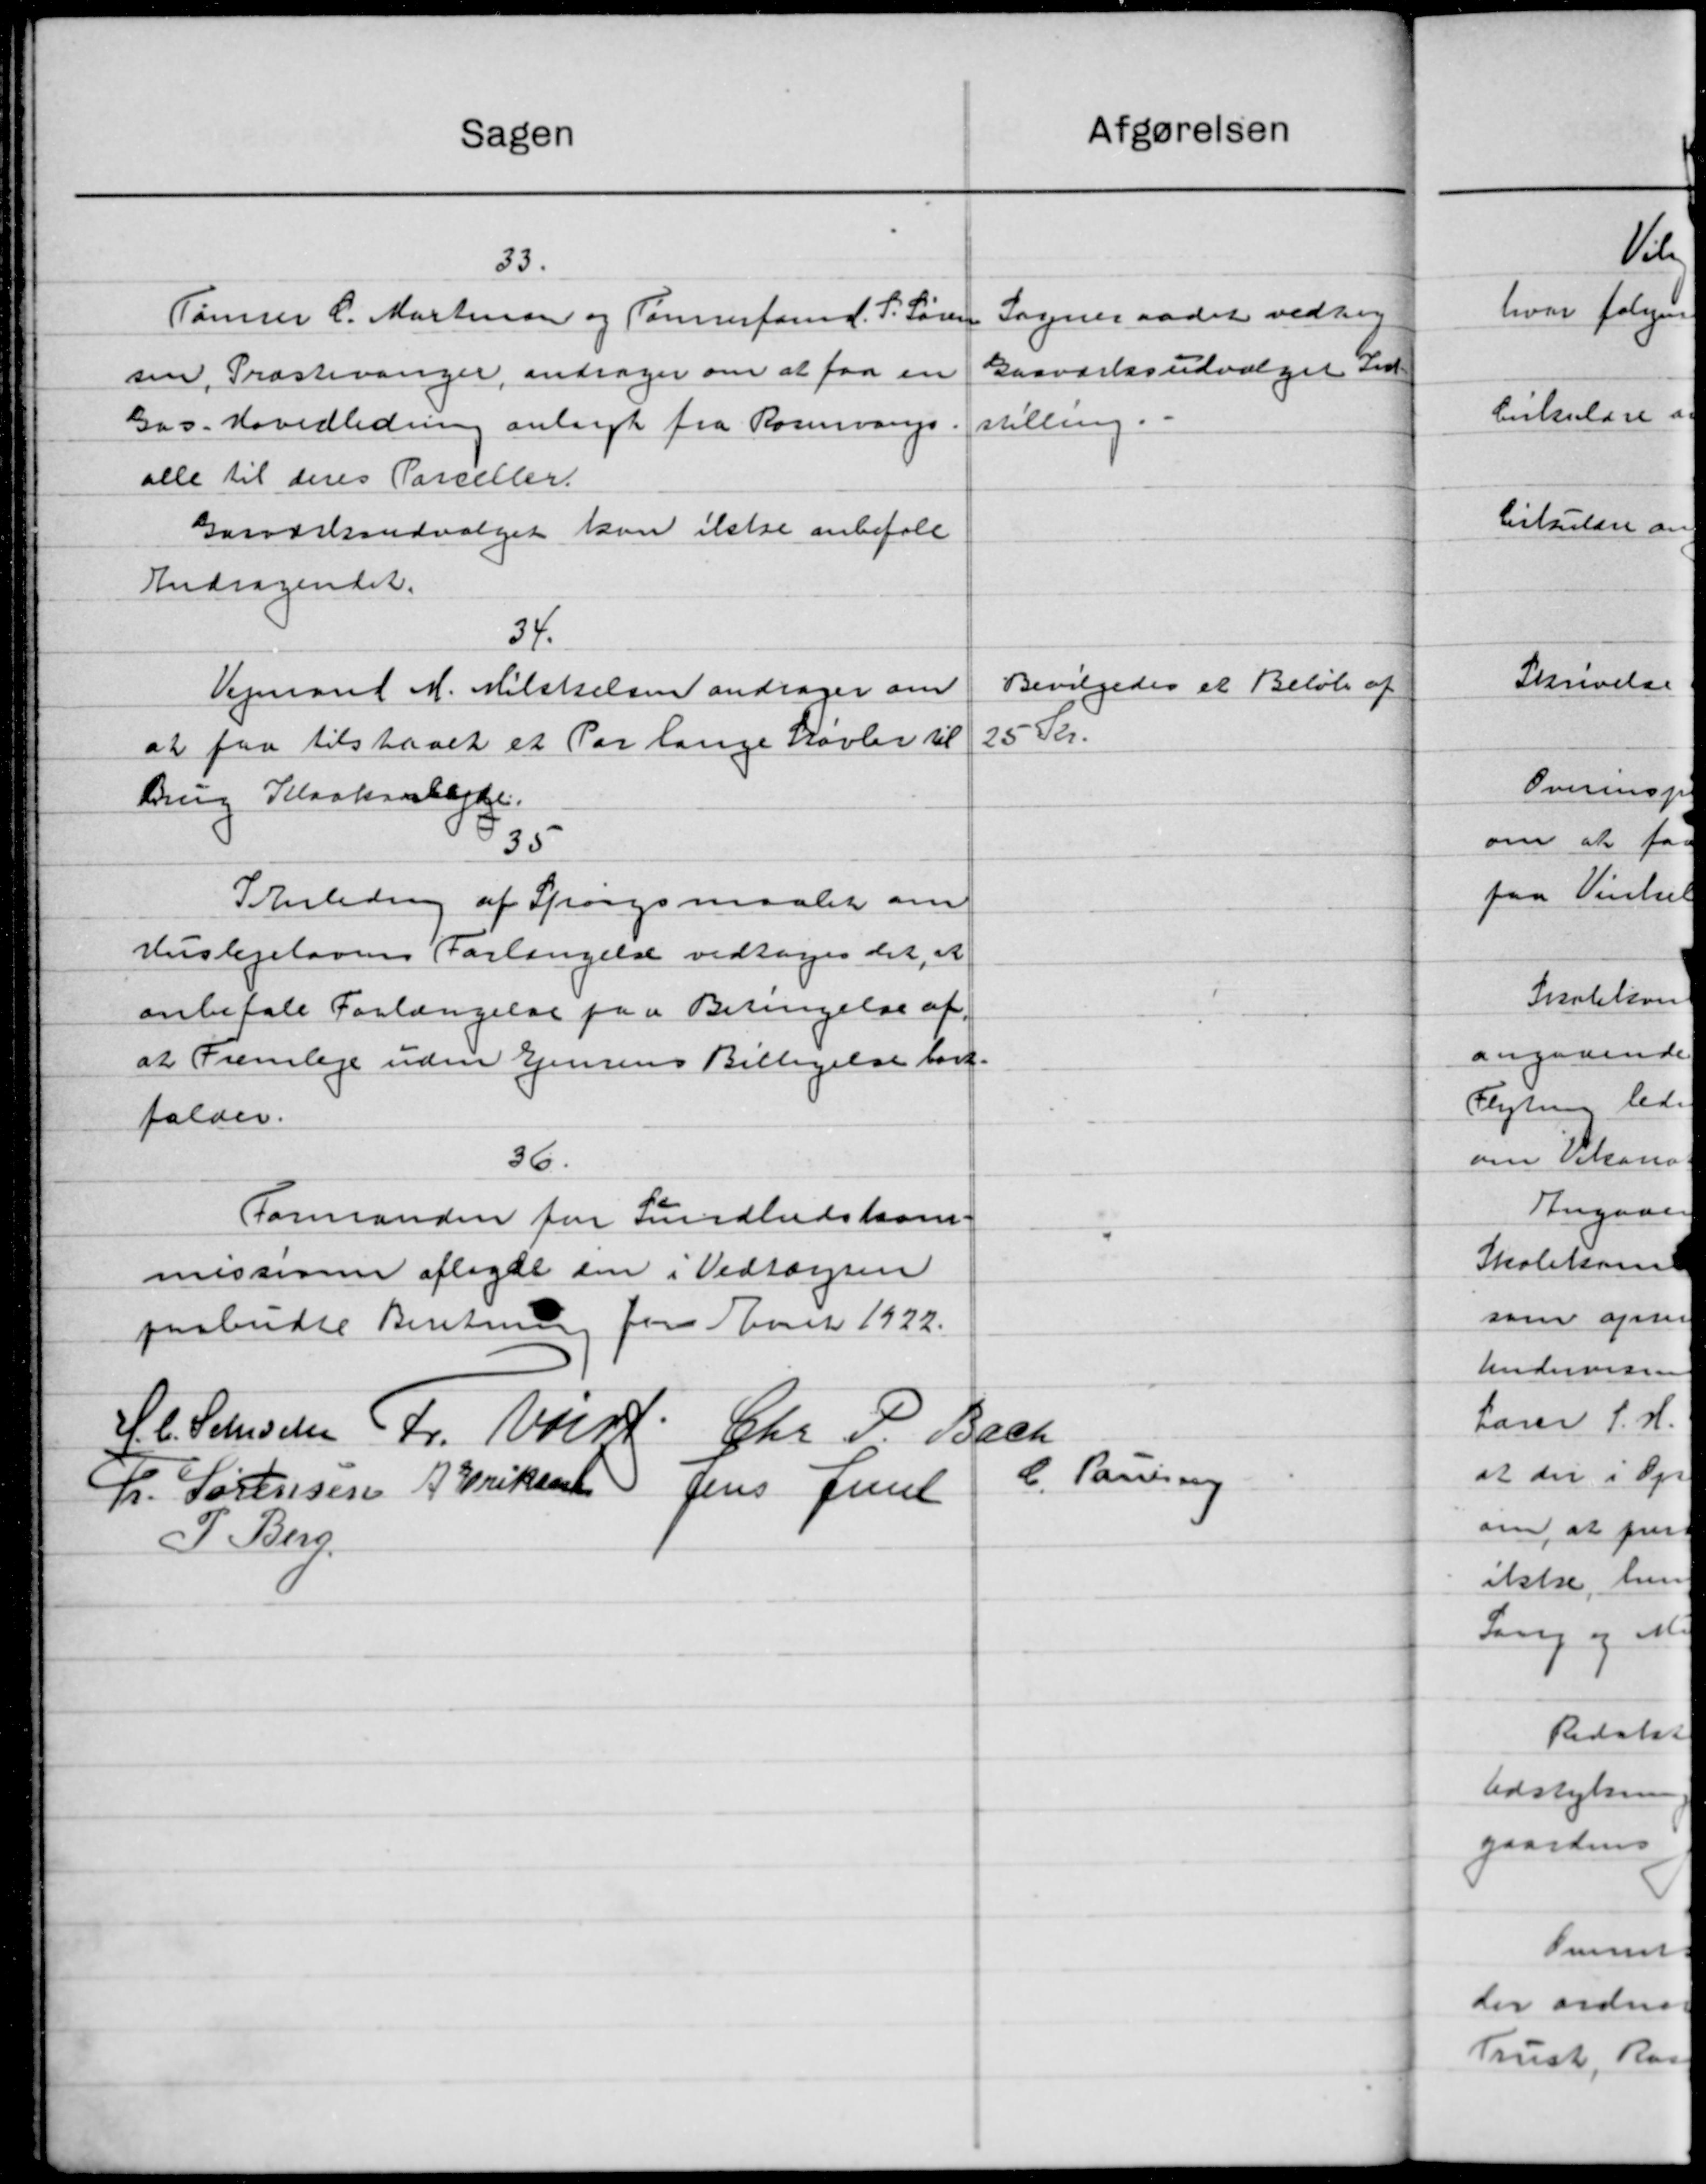
Transskription:
Afgørelsen
Sagen
33.
Sogneraadet vedtog
Tømrer C. Mortensen og Tømrerford. P. Søren
Gasværksudvalget ved
sen, Præstevanger, andrager om at faa en
stilling.
Gav. Hovedledning anlagt fra Rosevangs
alle til deres Parceller.
Garværksudvalget kan ikke anbefale
Andragendet.
34.
Bevilgedes et Beløb af
Vejmand M. Milckelsen andrager om
25. Skr.
at faa tilstaaet et Par lange Køvler til
Brug Kloakanlægge.
35
I Anledning af Spørgsmaalet om
Huslejelovens Forlængelse vedtoges det, at
anbefale Forlængelse paa Betingelse af
at Fremlage uden Ejensens Billigelse for
falder.
36.
Formanden for Sundhedskom-
missionen aflagde en i Vedtægsen
paabudte Beretning for Aaret 1922.
H. Petersen Fr. Wiin Chr. P. Bach
C. Parise
R. Sørensen A. Eriksen Jens Jense
P. Berg.